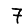
Digit: 7